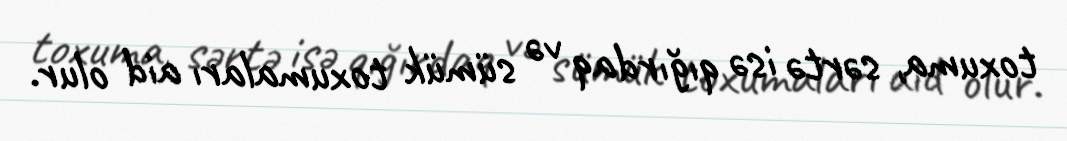
toxuma, sərtə isə qığırdaq və sümük toxumaları aid olur.